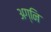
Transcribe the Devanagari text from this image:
अग्‍नि